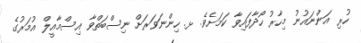
ހުރި އަންނައުނު މިހާރު ހޯދާފައިވާ ކަމަށެެވެ. ޅ. ހިންނަވަރަށް ނިސްބަތްވާ އިސްމާއީލް އުމަރުގެ